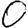
Digit: 0